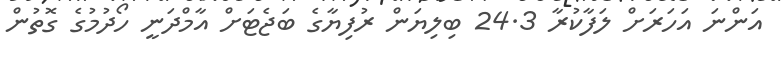
އަންނަ އަހަރަށް ލަފާކުރާ 24.3 ބިލިޔަން ރުފިޔާގެ ބަޖެޓަށް އާމްދަނީ ހޯދުމުގެ ގޮތުން